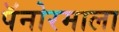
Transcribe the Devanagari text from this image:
पॅनोरमाला